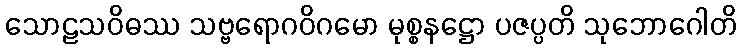
သောဠသဝိဓဿ သဗ္ဗရောဂဝိဂမော မုစ္စနဋ္ဌော ပဇပ္ပတိ သုဘောဂေါတိ